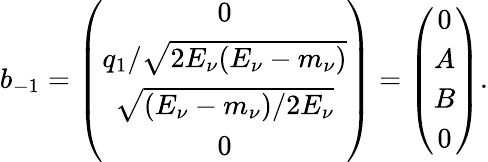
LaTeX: b_{-1}=\left(\begin{array}{c}{{0}}\\ {{q_{1}/\sqrt{2E_{\nu}(E_{\nu}-m_{\nu})}}}\\ {{\sqrt{(E_{\nu}-m_{\nu})/2E_{\nu}}}}\\ {{0}}\end{array}\right)=\left(\begin{array}{c}{{0}}\\ {{A}}\\ {{B}}\\ {{0}}\end{array}\right).